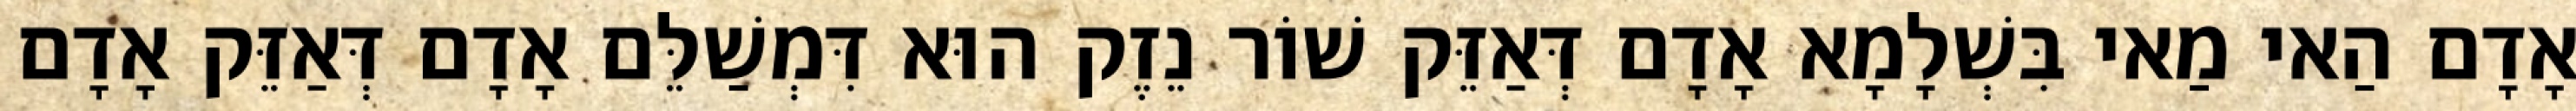
אָדָם הַאי מַאי בִּשְׁלָמָא אָדָם דְּאַזֵּק שׁוֹר נֵזֶק הוּא דִּמְשַׁלֵּם אָדָם דְּאַזֵּק אָדָם